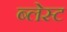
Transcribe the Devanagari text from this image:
ब्लेस्ट